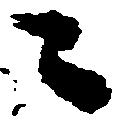
ニ